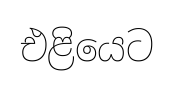
එළියෙට